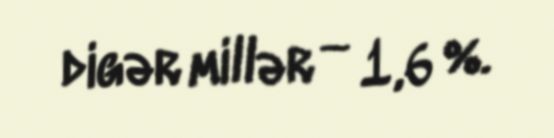
digər millər — 1,6 %.